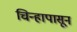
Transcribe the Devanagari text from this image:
चिन्हापासून